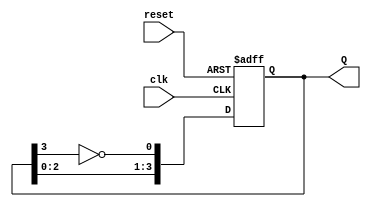
module johnson_counter (
    input wire clk,          // Clock input
    input wire reset,        // Synchronous reset
    output reg [3:0] Q       // 4-bit output representing the counter state
);

// Always block triggered on the rising edge of the clock or when reset is activated
always @(posedge clk or posedge reset) begin
    if (reset) begin
        Q <= 4'b0000;       // Reset the counter to 0000
    end else begin
        // Johnson counter logic
        Q[0] <= ~Q[3];      // D0 takes the inverted output of Q3
        Q[1] <= Q[0];       // D1 takes the output of Q0
        Q[2] <= Q[1];       // D2 takes the output of Q1
        Q[3] <= Q[2];       // D3 takes the output of Q2
    end
end

endmodule